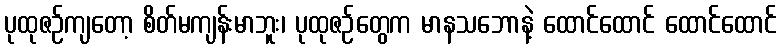
ပုထုဇဉ်ကျတော့ စိတ်မကျန်းမာဘူး၊ ပုထုဇဉ်တွေက မာနသဘောနဲ့ ထောင်ထောင် ထောင်ထောင်